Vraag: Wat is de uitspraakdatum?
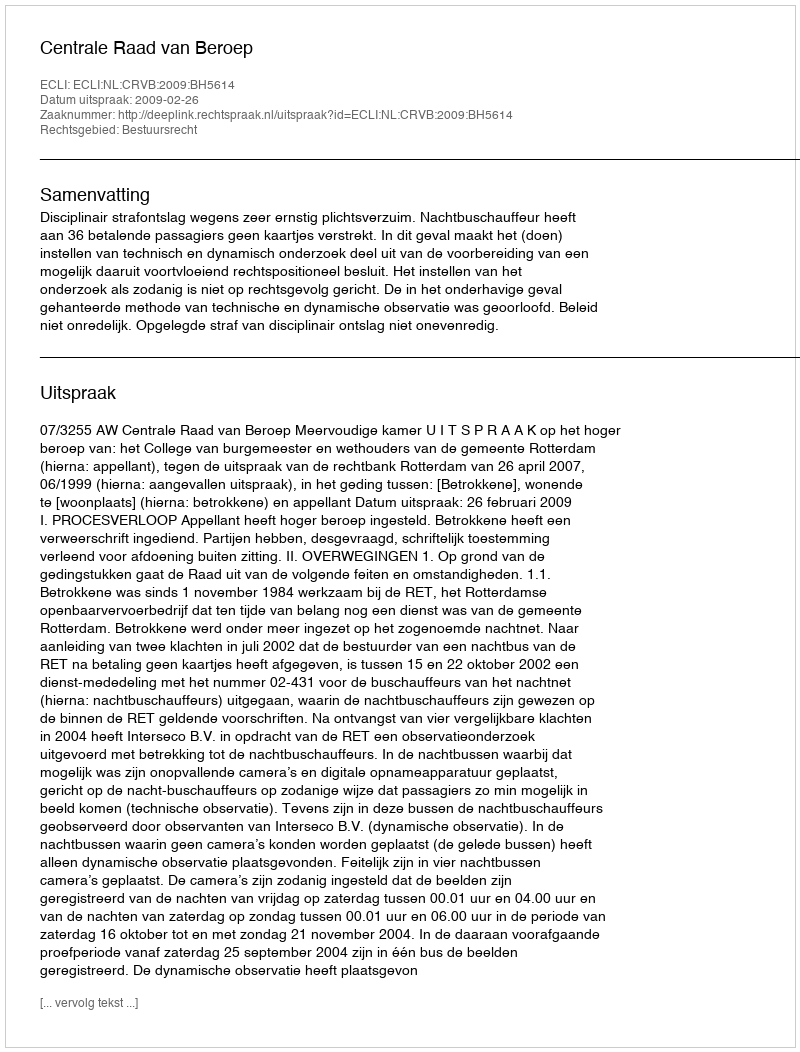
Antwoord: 2009-02-26